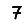
Digit: 7